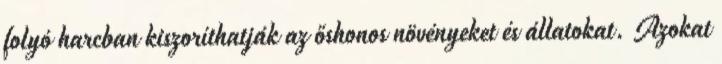
folyó harcban kiszoríthatják az őshonos növényeket és állatokat. Azokat